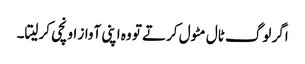
اگر لوگ ٹال مٹول کرتے تو وہ اپنی آواز اونچی کرلیتا۔